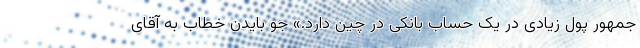
جمهور پول زیادی در یک حساب بانکی در چین دارد.» جو بایدن خطاب به آقای